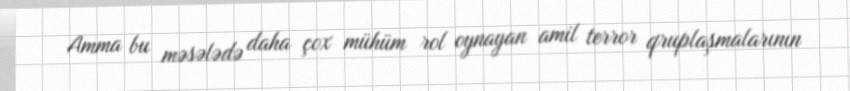
Amma bu məsələdə daha çox mühüm rol oynayan amil terror qruplaşmalarının